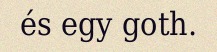
és egy goth.